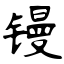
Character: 镘